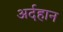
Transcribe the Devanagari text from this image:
अर्दहान